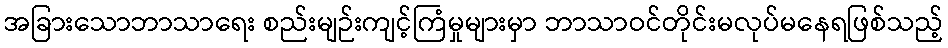
အခြားသောဘာသာရေး စည်းမျဉ်းကျင့်ကြံမှုများမှာ ဘာသာဝင်တိုင်းမလုပ်မနေရဖြစ်သည့်